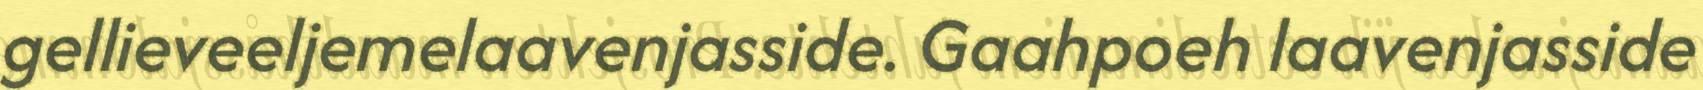
gellieveeljemelaavenjasside. Gaahpoeh laavenjasside